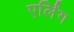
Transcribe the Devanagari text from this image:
एर्लिंग